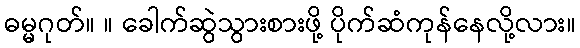
ဓမ္မဂုတ်။ ။ ခေါက်ဆွဲသွားစားဖို့ ပိုက်ဆံကုန်နေလို့လား။